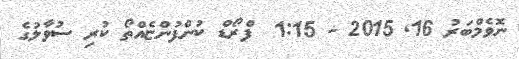
ނޮވެމްބަރު 16